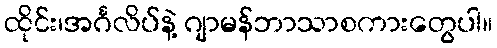
ထိုင်း၊အင်္ဂလိပ်နဲ့ ဂျာမန်ဘာသာစကားတွေပါ။